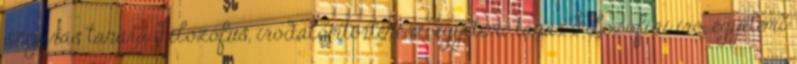
szépírás tanára Filozófus, irodalomtörténész, egyetemi tanár Filozófiai író, egyetemi